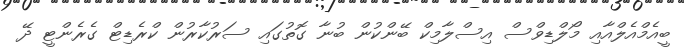
ބީއެމްއެލްއާއި މޯލްޑިވްސް އިސްލާމިކް ބޭންކުން ބުނާ ގޮތުގައި ސަރުކާރުން ކްރެޑިޓް ގެރެންޓީ ދޭ